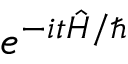
e ^ { - i t { \hat { H } } / \hbar }